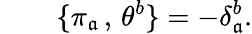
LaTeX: \qquad\{ \pi_{\mathfrak{a}}\, ,\, \theta^{b}\} =-\delta_{\mathfrak{a}}^{b}.